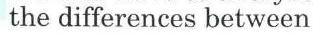
the differences between